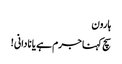
ہارون
سچ کہنا جرم ہے یا نادانی !